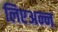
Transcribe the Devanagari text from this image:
लिएअन्न